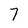
Character: 7